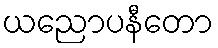
ယညောပနီတော